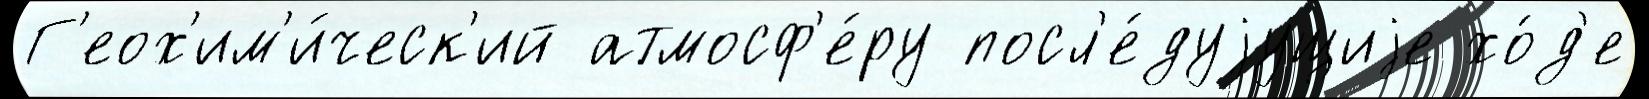
Г'еох'им'и́ческ'ий атмосф'е́ру посл'е́дуjущиjе хо́д'е